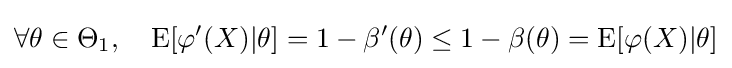
\forall \theta \in \Theta _{1},\quad \operatorname {E} [\varphi '(X)|\theta ]=1-\beta '(\theta )\leq 1-\beta (\theta )=\operatorname {E} [\varphi (X)|\theta ]